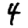
Digit: 4